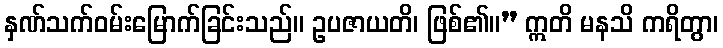
နှဏ်သက်ဝမ်းမြောက်ခြင်းသည်။ ဥပဇာယတိ၊ ဖြစ်၏။” ဣတိ မနသိ ကရိတွာ၊